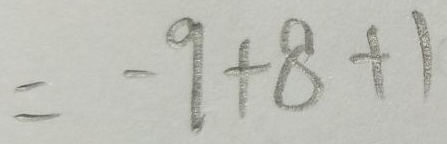
= - 9 + 8 + 1